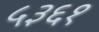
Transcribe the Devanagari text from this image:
५३६१